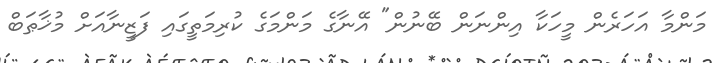
މަންމާ އަހަރެން މީހަކާ އިންނަން ބޭނުން" އޭނާގެ މަންމަގެ ކުރިމަތީގައި ފަޒީނާއަށް މުޚާޠަބް